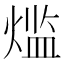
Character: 𬊶